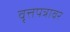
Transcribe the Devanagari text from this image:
वृत्तपत्रावर